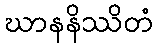
ဃာနနိဿိတံ